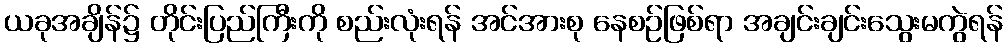
ယခုအချိန်၌ တိုင်းပြည်ကြီးကို စည်းလုံးရန် အင်အားစု နေစဉ်ဖြစ်ရာ အချင်းချင်းသွေးမကွဲရန်